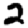
Digit: 2